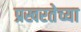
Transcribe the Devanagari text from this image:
प्रखरतेच्या